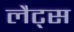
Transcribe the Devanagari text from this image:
लैट्स